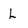
Character: L